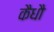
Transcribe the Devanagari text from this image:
कैधौ